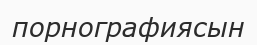
порнографиясын